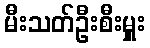
မီးသတ်ဦးစီးမှူး